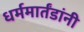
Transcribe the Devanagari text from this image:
धर्ममार्तंडांनी